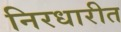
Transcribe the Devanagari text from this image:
निरधारीत